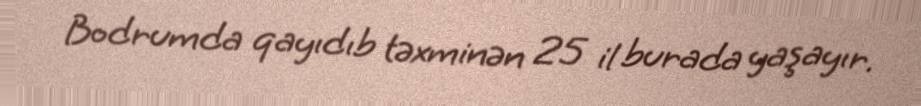
Bodrumda qayıdıb təxminən 25 il burada yaşayır.